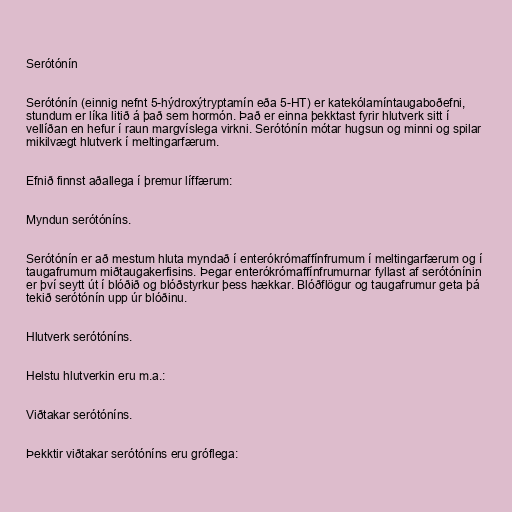
Serótónín

Serótónín (einnig nefnt 5-hýdroxýtryptamín eða 5-HT) er katekólamíntaugaboðefni,
stundum er líka litið á það sem hormón. Það er einna þekktast fyrir hlutverk sitt í
vellíðan en hefur í raun margvíslega virkni. Serótónín mótar hugsun og minni og spilar
mikilvægt hlutverk í meltingarfærum.

Efnið finnst aðallega í þremur líffærum:

Myndun serótóníns.

Serótónín er að mestum hluta myndað í enterókrómaffínfrumum í meltingarfærum og í
taugafrumum miðtaugakerfisins. Þegar enterókrómaffínfrumurnar fyllast af serótónínin
er því seytt út í blóðið og blóðstyrkur þess hækkar. Blóðflögur og taugafrumur geta þá
tekið serótónín upp úr blóðinu.

Hlutverk serótóníns.

Helstu hlutverkin eru m.a.:

Viðtakar serótóníns.

Þekktir viðtakar serótóníns eru gróflega: